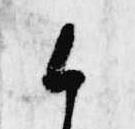
候